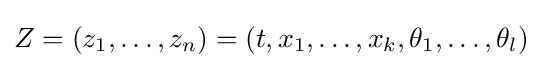
Z=(z_{1},\dots ,z_{n})=(t,x_{1},\dots ,x_{k},\theta _{1},\dots ,\theta _{l})